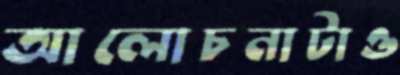
আলোচনাটাও